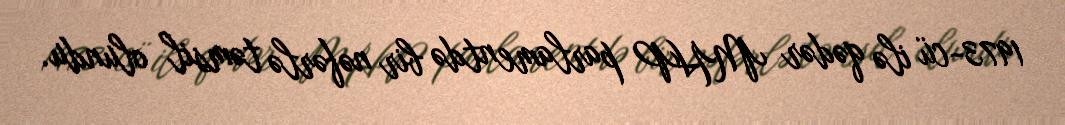
1973-cü ilə qədər MHP parlamentdə bir nəfərlə təmsil olundu.